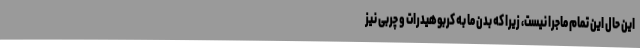
این حال این تمام ماجرا نیست، زیرا که بدن ما به کربوهیدرات و چربی نیز